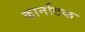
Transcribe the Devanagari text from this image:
कार्नाटक